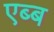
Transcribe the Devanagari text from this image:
एब्ब